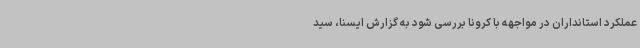
عملکرد استانداران در مواجهه با کرونا بررسی شود به گزارش ایسنا، سید